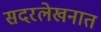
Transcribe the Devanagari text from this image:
सदरलेखनात